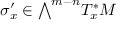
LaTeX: \sigma _ { x } ^ { \prime } \in { \textstyle \bigwedge } ^ { m - n } T _ { x } ^ { * } M